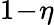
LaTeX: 1\! -\! \eta